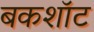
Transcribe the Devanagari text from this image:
बकशॉट